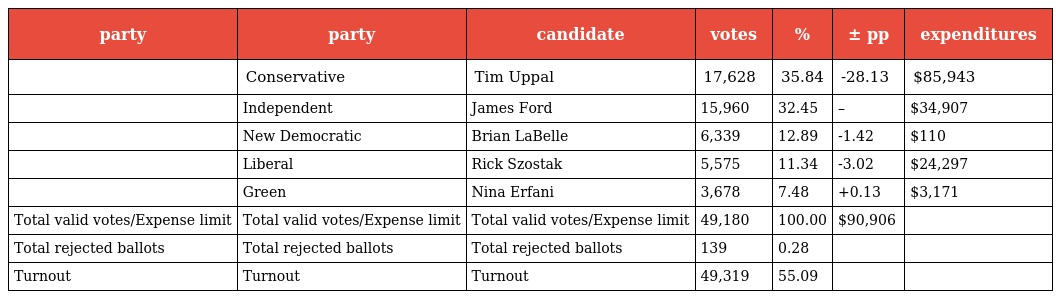
| party | party | candidate | votes | % | ± pp | expenditures |
 | --- | --- | --- | --- | --- | --- | --- |
 |  | Conservative | Tim Uppal | 17,628 | 35.84 | -28.13 | $85,943 |
 |  | Independent | James Ford | 15,960 | 32.45 | – | $34,907 |
 |  | New Democratic | Brian LaBelle | 6,339 | 12.89 | -1.42 | $110 |
 |  | Liberal | Rick Szostak | 5,575 | 11.34 | -3.02 | $24,297 |
 |  | Green | Nina Erfani | 3,678 | 7.48 | +0.13 | $3,171 |
 | Total valid votes/Expense limit | Total valid votes/Expense limit | Total valid votes/Expense limit | 49,180 | 100.00 | $90,906 |  |
 | Total rejected ballots | Total rejected ballots | Total rejected ballots | 139 | 0.28 |  |  |
 | Turnout | Turnout | Turnout | 49,319 | 55.09 |  |  |